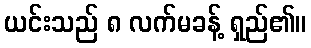
ယင်းသည် ၈ လက်မခန့် ရှည်၏။